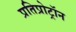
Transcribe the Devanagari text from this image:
प्रतिप्रोट्रॉन